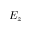
E _ { z }